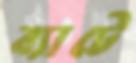
ব্যাটে